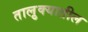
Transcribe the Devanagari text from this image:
तालु़क्यातील